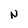
Character: N